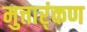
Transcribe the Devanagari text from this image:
मुत्तार्ंकण